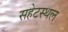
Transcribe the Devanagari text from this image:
सहेटस्थल